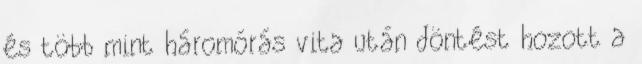
és több mint háromórás vita után döntést hozott a